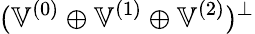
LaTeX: (\mathbb{V}^{(0)}\oplus\mathbb{V}^{(1)}\oplus\mathbb{V}^{(2)})^{\perp}